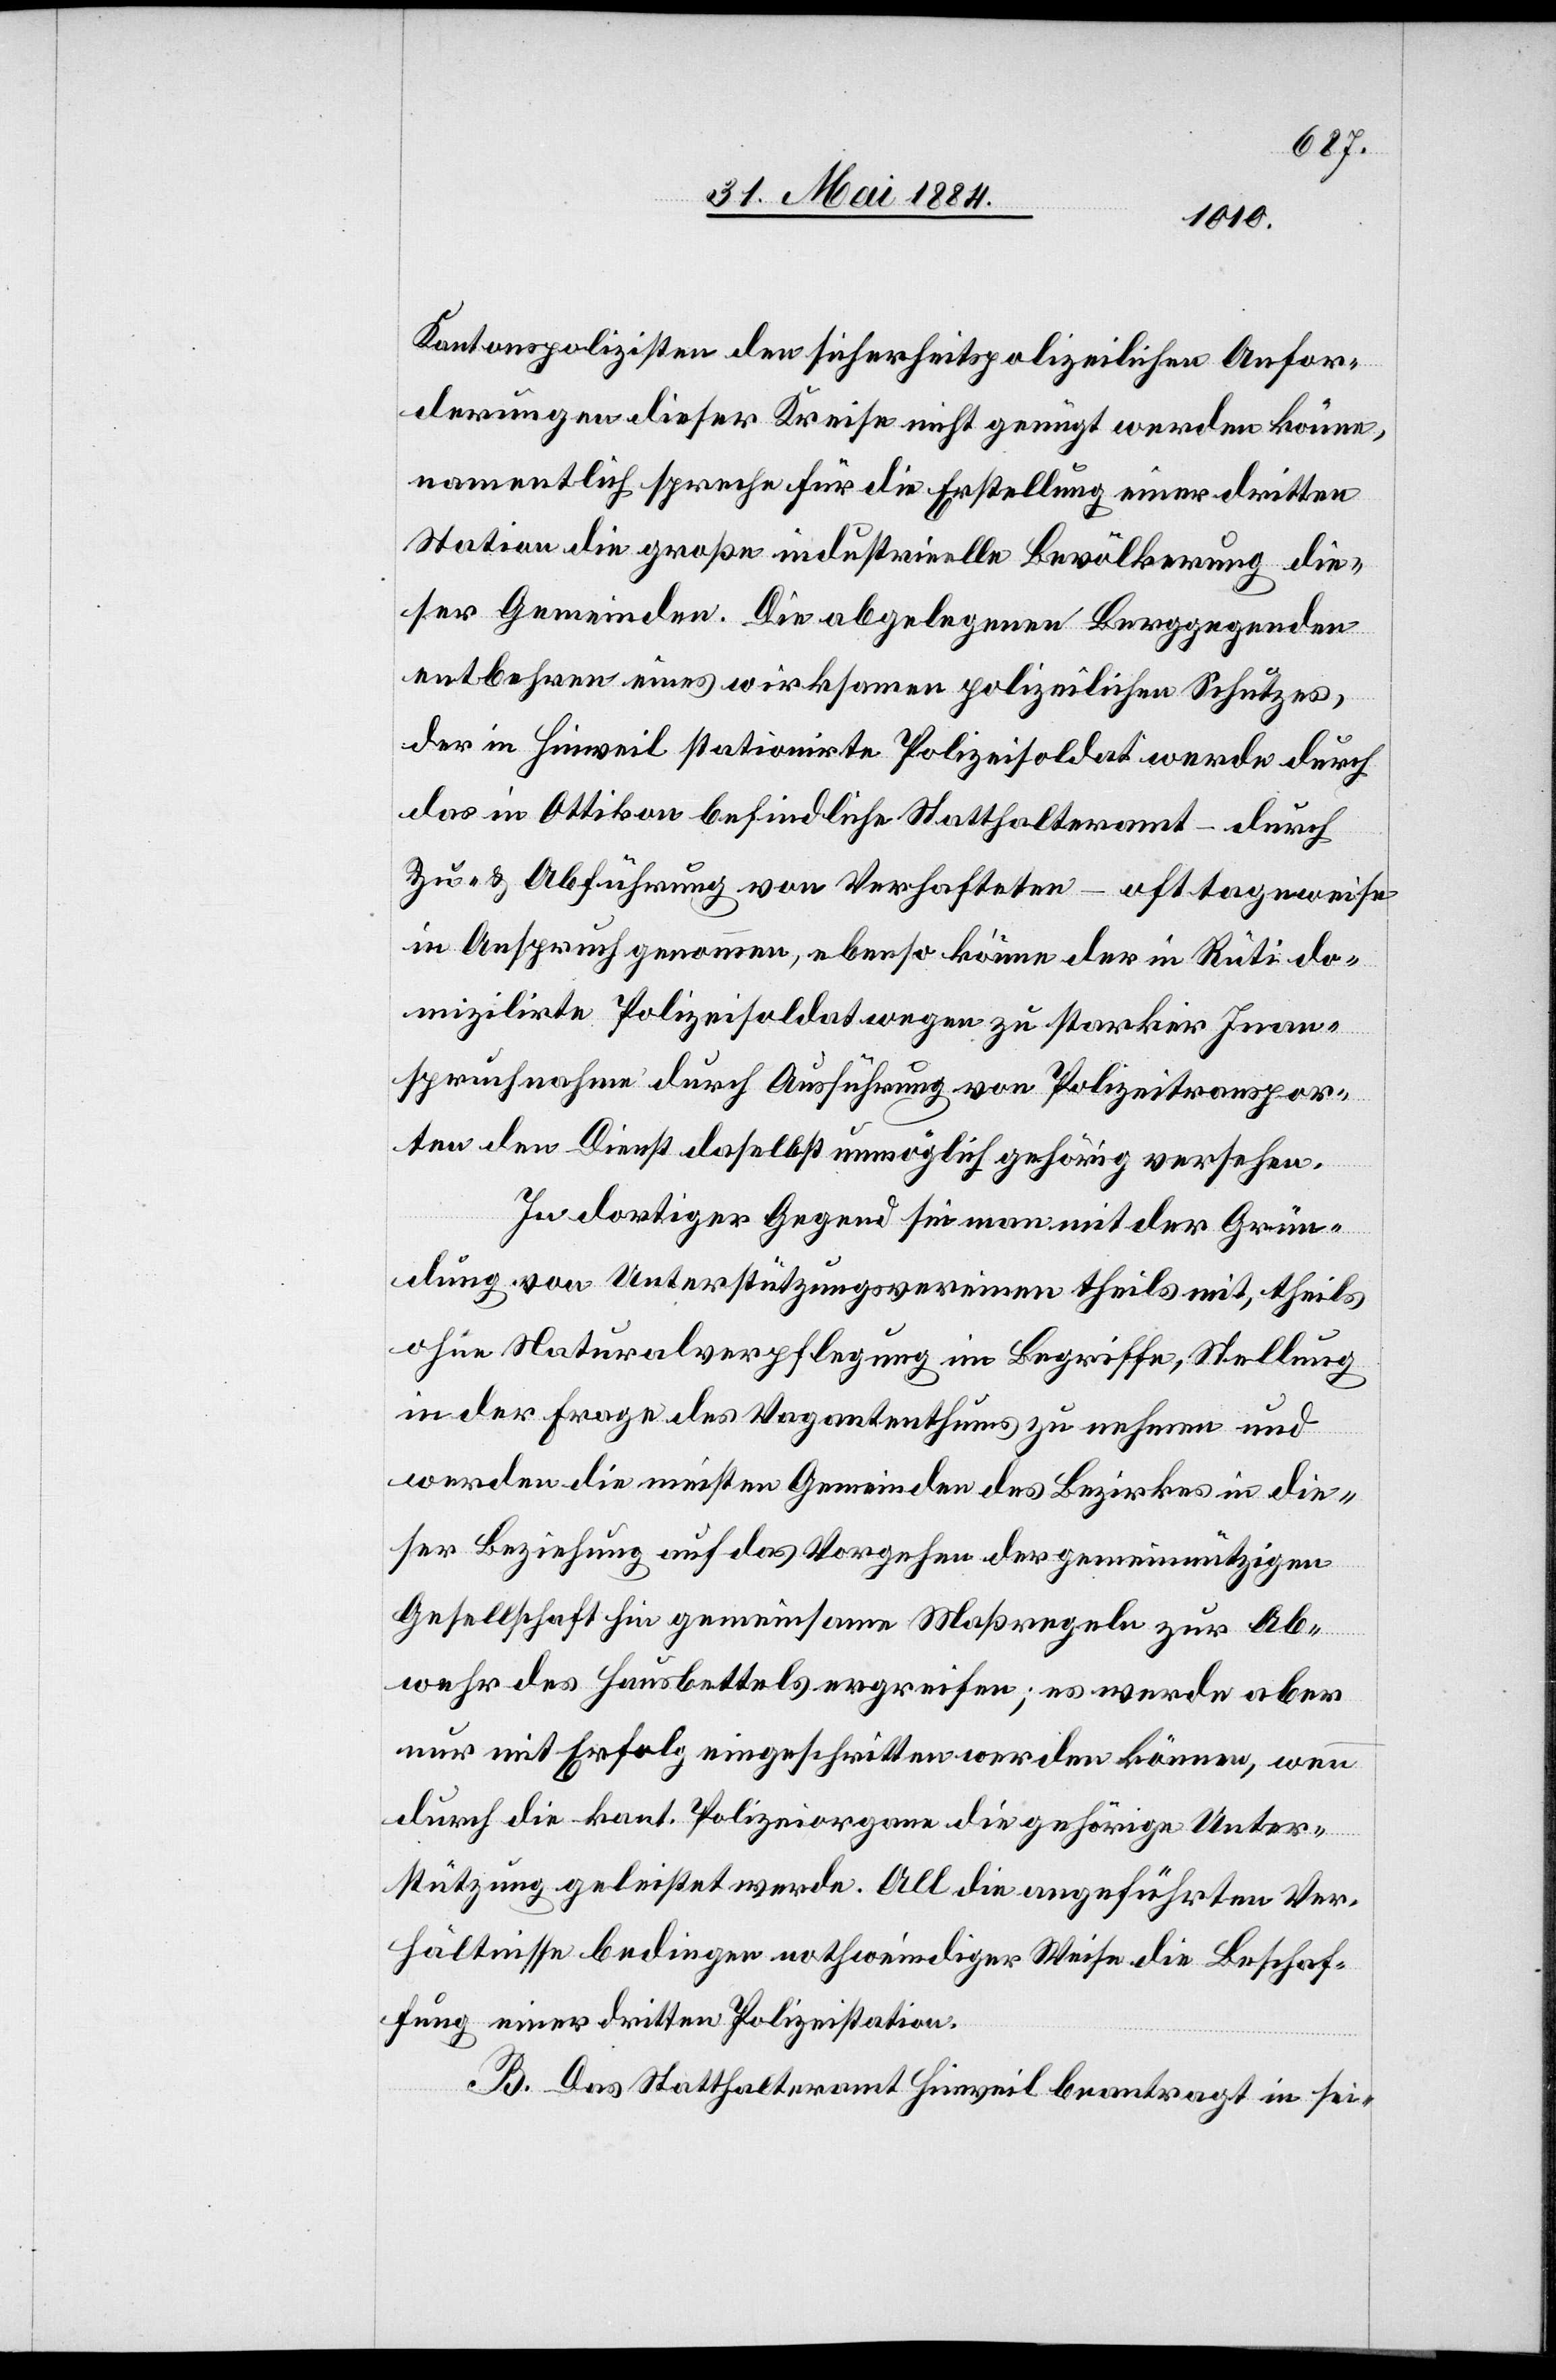
Kantonspolizisten den sicherheitspolizeilichen Anfor¬
derungen dieser Kreise nicht genügt werden könne,
namentlich spreche für die Erstellung einer dritten
Station die große industrielle Bevölkerung die¬
ser Gemeinden. Die abgelegenen Berggegenden
entbehren eines wirksamen polizeilichen Schutzes,
der in Hinweil stationirte Polizeisoldat werde durch
das in Ottikon befindliche Statthalteramt – durch
Zu- & Abführung von Verhafteten – oft tageweise
in Anspruch genommen, ebenso könne der in Rüti do¬
mizilirte Polizeisoldat wegen zu starker Inan¬
spruchnahme durch Ausführung von Polizeitranspor¬
ten den Dienst daselbst unmöglich gehörig versehen.
In dortiger Gegend sei man mit der Grün¬
dung von Unterstützungsvereinen theils mit, theils
ohne Naturalverpflegung im Begriffe, Stellung
in der Frage des Vagantenthums zu nehmen und
werden die meisten Gemeinden des Bezirkes in die¬
ser Beziehung auf das Vorgehen der gemeinnützigen
Gesellschaft hin gemeinsam Maßregeln zu Ab¬
wehr des Hausbettels ergreifen; es werde aber
nur mit Erfolg eingeschritten werden könne, wenn
durch die kant. Polizeiorgane die gehörige Unter¬
stützung geleistet werde. All die angeführten Ver¬
hältnisse bedingen nothwendiger Weise die Beschaf¬
fung einer dritten Polizeistation.
B. Das Statthalteramt Hinweil beantragt in sei-